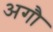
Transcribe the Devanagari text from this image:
अगौ